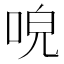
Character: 𠴡